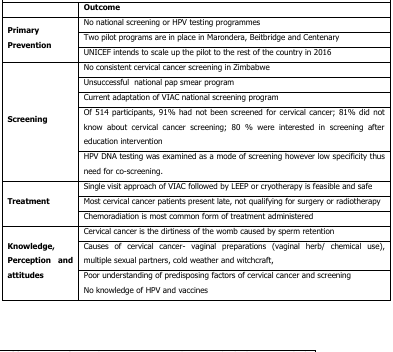
<table><thead><tr><td></td><td><b>Outcome</b></td></tr></thead><tbody><tr><td rowspan="3"><b>Primary Prevention</b></td><td>No national screening or HPV testing programmes</td></tr><tr><td>Two pilot programs are in place in Marondera, Beitbridge and Centenary</td></tr><tr><td>UNICEF intends to scale up the pilot to the rest of the country in 2016</td></tr><tr><td rowspan="5"><b>Screening</b></td><td>No consistent cervical cancer screening in Zimbabwe</td></tr><tr><td>Unsuccessful national pap smear program</td></tr><tr><td>Current adaptation of VIAC national screening program</td></tr><tr><td>Of 514 participants, 91% had not been screened for cervical cancer; 81% did not know about cervical cancer screening; 80 % were interested in screening after education intervention</td></tr><tr><td>HPV DNA testing was examined as a mode of screening however low specificity thus need for co-screening.</td></tr><tr><td rowspan="3"><b>Treatment</b></td><td>Single visit approach of VIAC followed by LEEP or cryotherapy is feasible and safe</td></tr><tr><td>Most cervical cancer patients present late, not qualifying for surgery or radiotherapy</td></tr><tr><td>Chemoradiation is most common form of treatment administered</td></tr><tr><td rowspan="3"><b>Knowledge, Perception and attitudes</b></td><td>Cervical cancer is the dirtiness of the womb caused by sperm retention</td></tr><tr><td>Causes of cervical cancer- vaginal preparations (vaginal herb/ chemical use), multiple sexual partners, cold weather and witchcraft,</td></tr><tr><td>Poor understanding of predisposing factors of cervical cancer and screeningNo knowledge of HPV and vaccines</td></tr></tbody></table>